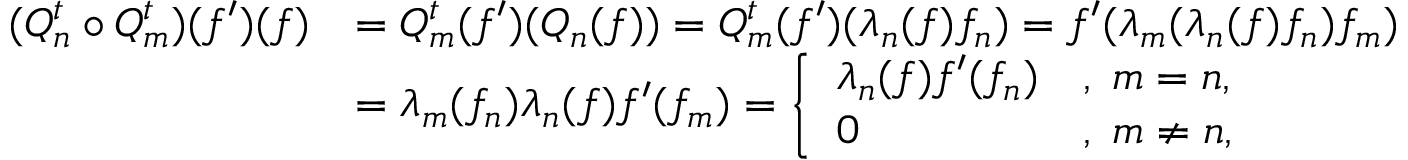
\begin{array} { r l } { ( Q _ { n } ^ { t } \circ Q _ { m } ^ { t } ) ( f ^ { \prime } ) ( f ) } & { = Q _ { m } ^ { t } ( f ^ { \prime } ) ( Q _ { n } ( f ) ) = Q _ { m } ^ { t } ( f ^ { \prime } ) ( \lambda _ { n } ( f ) f _ { n } ) = f ^ { \prime } ( \lambda _ { m } ( \lambda _ { n } ( f ) f _ { n } ) f _ { m } ) } \\ & { = \lambda _ { m } ( f _ { n } ) \lambda _ { n } ( f ) f ^ { \prime } ( f _ { m } ) = \left\{ \begin{array} { l l } { \lambda _ { n } ( f ) f ^ { \prime } ( f _ { n } ) } & { , \; m = n , } \\ { 0 } & { , \; m \neq n , } \end{array} \right. } \end{array}